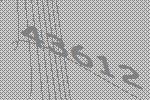
43612